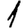
Digit: 1